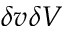
\delta v \delta V